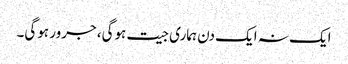
ایک نہ ایک دن ہماری جیت ہوگی، جرور ہوگی۔